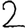
Digit: 2